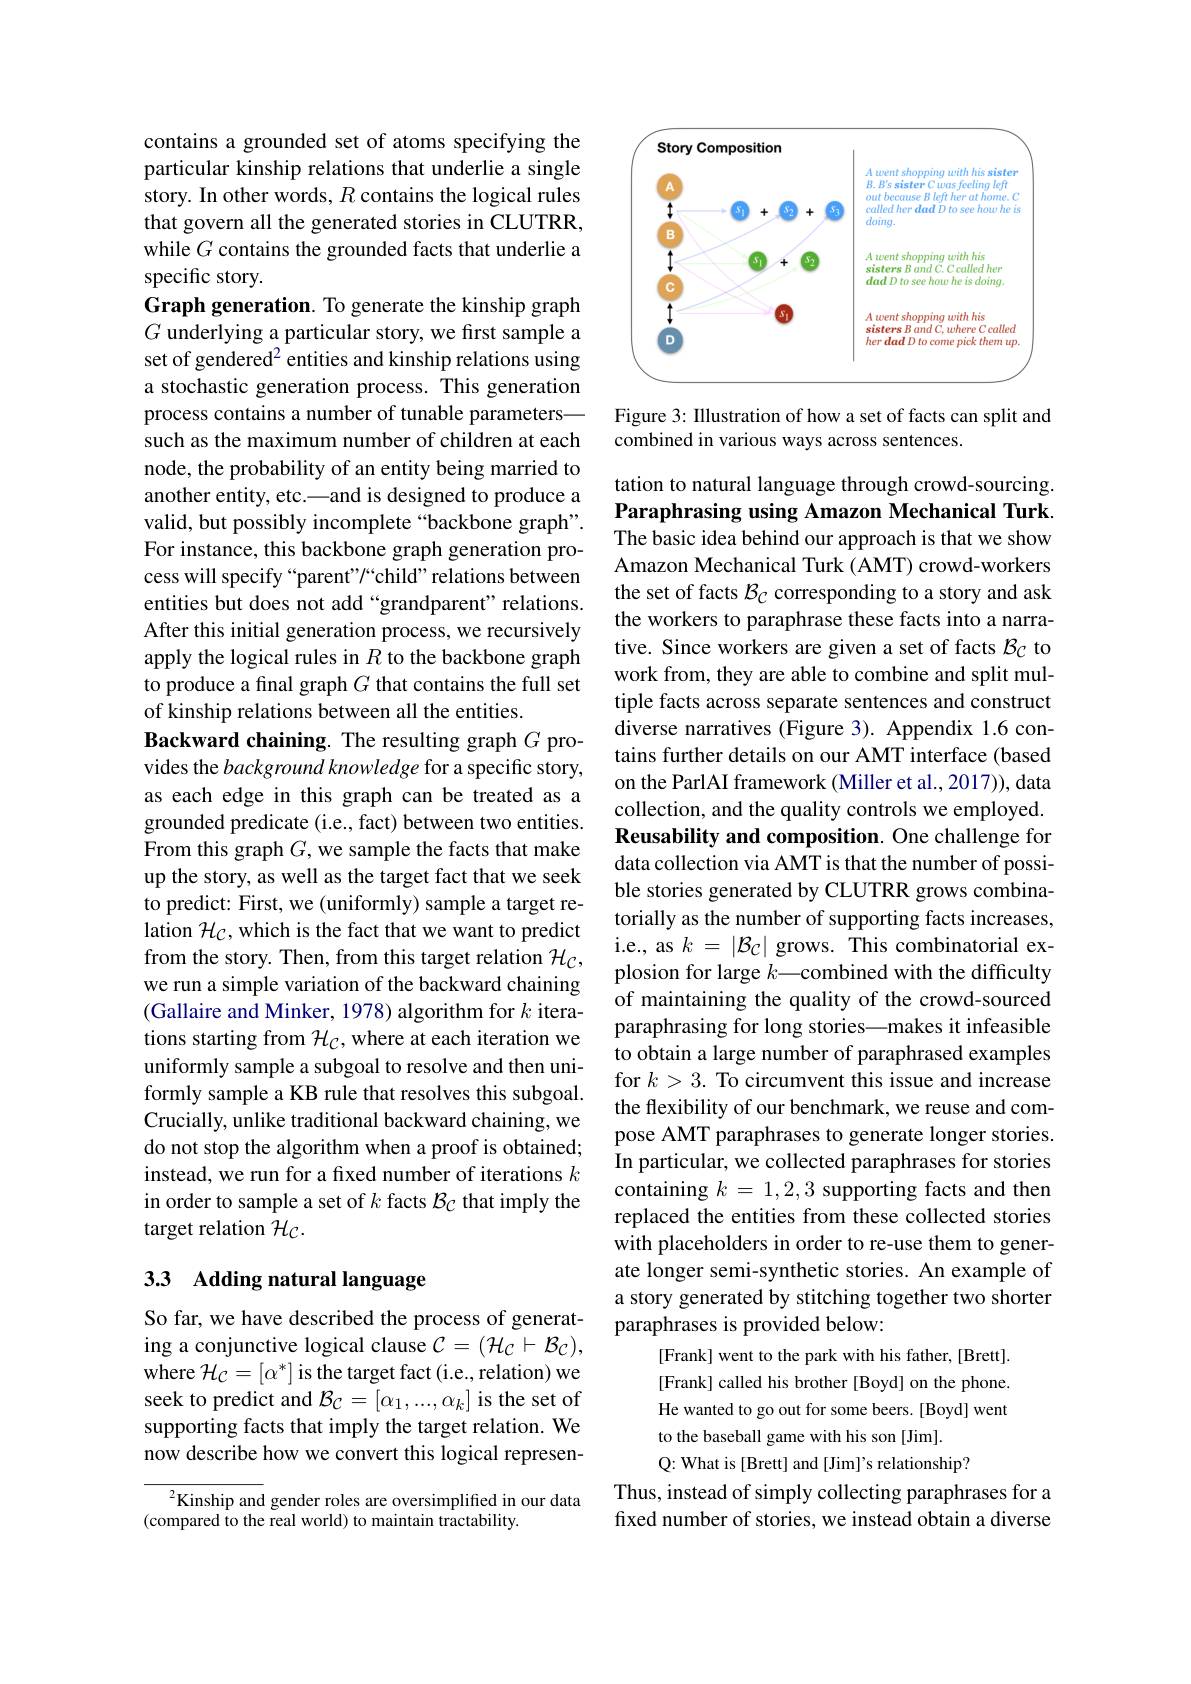
contains a grounded set of atoms specifying the particular kinship relations that underlie a single story. In other words, $R$ contains the logical rules that govern all the generated stories in CLUTRR, while $G$ contains the grounded facts that underlie a specific story.
Graph generation. To generate the kinship graph $G$ underlying a particular story, we first sample a set of gendered$^2$ entities and kinship relations using a stochastic generation process. This generation process contains a number of tunable parameters— such as the maximum number of children at each node, the probability of an entity being married to another entity, etc.—and is designed to produce a valid, but possibly incomplete “backbone graph”. For instance, this backbone graph generation process will specify “parent"/“child” relations between entities but does not add “grandparent”relations. After this initial generation process, we recursively apply the logical rules in $R$ to the backbone graph to produce a final graph $G$ that contains the full set of kinship relations between all the entities.
Backward chaining. The resulting graph $G$ provides the background knowledge for a specific story, as each edge in this graph can be treated as a grounded predicate (i.e., fact) between two entities. From this graph $G$,we sample the facts that make up the story, as well as the target fact that we seek to predict: First, we (uniformly) sample a target relation $\mathcal{H}_{\mathcal{C}}$,which is the fact that we want to predict from the story. Then, from this target relation $\mathcal{H}_C$, we run a simple variation of the backward chaining (Gallaire and Minker, 1978) algorithm for $k$ iterations starting from $\mathcal{H}_C$,where at each iteration we uniformly sample a subgoal to resolve and then uniformly sample a KB rule that resolves this subgoal. Crucially, unlike traditional backward chaining, we do not stop the algorithm when a proof is obtained; instead, we run for a fixed number of iterations $k$ in order to sample a set of $k$ facts $\mathcal{B}_C$ that imply the target relation $\mathcal{H}_C.$

# 33 Adding natural language

So far, we have described the process of generating a conjunctive logical clause $\mathcal{C}=(\mathcal{H}_{\mathcal{C}}\vdash\mathcal{B}_{\mathcal{C}})$, where $\mathcal{H}_C=[\alpha^*]$ is the target fact(i.e., relation) we seek to predict and $\mathcal{B}_{\mathcal{C}}=[\alpha_{1},...,\alpha_{k}]$ is the set of supporting facts that imply the target relation. We now describe how we convert this logical represen-

$^2$Kinship and gender roles are oversimplified in our data
(compared to the real world) to maintain tractability.

<FigureHere>

Figure 3: Illustration of how a set of facts can split and
combined in various ways across sentences.

tation to natural language through crowd-sourcing. Paraphrasing using Amazon Mechanical Turk. The basic idea behind our approach is that we show

Amazon Mechanical Turk (AMT) crowd-workers the set of facts $\mathcal{B}_C$ corresponding to a story and ask the workers to paraphrase these facts into a narrative. Since workers are given a set of facts $\mathcal{B}_C$ to work from, they are able to combine and split multiple facts across separate sentences and construct diverse narratives (Figure 3). Appendix 1.6 contains further details on our AMT interface (based on the ParlAI framework (Miller et al., 2017)), data collection, and the quality controls we employed. Reusability and composition. One challenge for data collection via AMT is that the number of possible stories generated by CLUTRR grows combinatorially as the number of supporting facts increases, i.e., as $k=|\mathcal{B}_{\mathcal C}|$ grows. This combinatorial explosion for large $k—$combined with the difficulty of maintaining the quality of the crowd-sourced paraphrasing for long stories—makes it infeasible to obtain a large number of paraphrased examples for $k>3.$ To circumvent this issue and increase the flexibility of our benchmark, we reuse and compose AMT paraphrases to generate longer stories. In particular, we collected paraphrases for stories containing $k=1,2,3$ supporting facts and then replaced the entities from these collected stories with placeholders in order to re-use them to generate longer semi-synthetic stories. An example of a story generated by stitching together two shorter paraphrases is provided below:
[Frank] went to the park with his father, [Brett]. [Frank] called his brother [Boyd] on the phone. He wanted to go out for some beers. [Boyd] went to the baseball game with his son [Jim].
Q: What is [Brett] and [Jim]'s relationship?
Thus, instead of simply collecting paraphrases for a fixed number of stories, we instead obtain a diverse